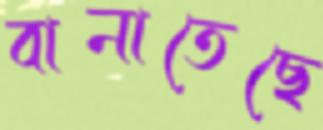
বানাতেছে